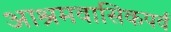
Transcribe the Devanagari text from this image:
आश्रमवासिकपर्व